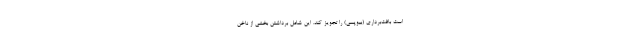
است بافت‌برداری (بیوپسی) را تجویز کند. این شامل برداشتن بخشی از ناخن